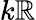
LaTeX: k\mathbb{R}